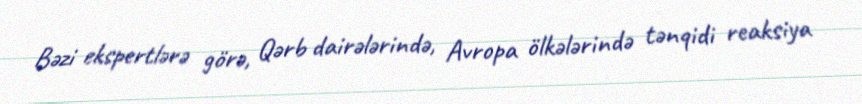
Bəzi ekspertlərə görə, Qərb dairələrində, Avropa ölkələrində tənqidi reaksiya